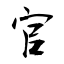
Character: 官